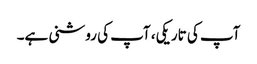
آپ کی تاریکی، آپ کی روشنی ہے۔